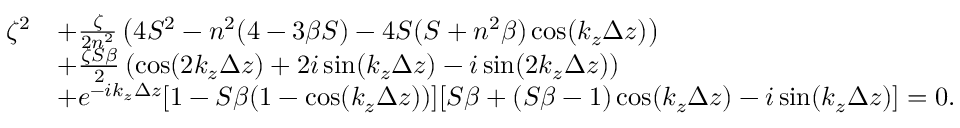
\begin{array} { r l } { \zeta ^ { 2 } } & { + \frac { \zeta } { 2 n ^ { 2 } } \left( 4 S ^ { 2 } - n ^ { 2 } ( 4 - 3 \beta S ) - 4 S ( S + n ^ { 2 } \beta ) \cos ( k _ { z } \Delta z ) \right) } \\ & { + \frac { \zeta S \beta } { 2 } \left( \cos ( 2 k _ { z } \Delta z ) + 2 i \sin ( k _ { z } \Delta z ) - i \sin ( 2 k _ { z } \Delta z ) \right) } \\ & { + e ^ { - i k _ { z } \Delta z } [ 1 - S \beta ( 1 - \cos ( k _ { z } \Delta z ) ) ] [ S \beta + ( S \beta - 1 ) \cos ( k _ { z } \Delta z ) - i \sin ( k _ { z } \Delta z ) ] = 0 . } \end{array}